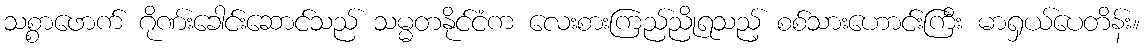
သစ္စာဖောက် ဂိုဏ်းခေါင်းဆောင်သည် သမ္မတနိုင်ငံက လေးစားကြည်ညိုရသည့် စစ်သားဟောင်းကြီး မာရှယ်ပေတိန်း။